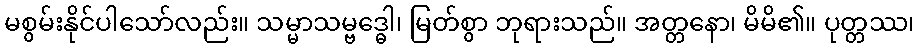
မစွမ်းနိုင်ပါသော်လည်း။ သမ္မာသမ္ဗဒ္ဓေါ၊ မြတ်စွာ ဘုရားသည်။ အတ္တနော၊ မိမိ၏။ ပုတ္တဿ၊